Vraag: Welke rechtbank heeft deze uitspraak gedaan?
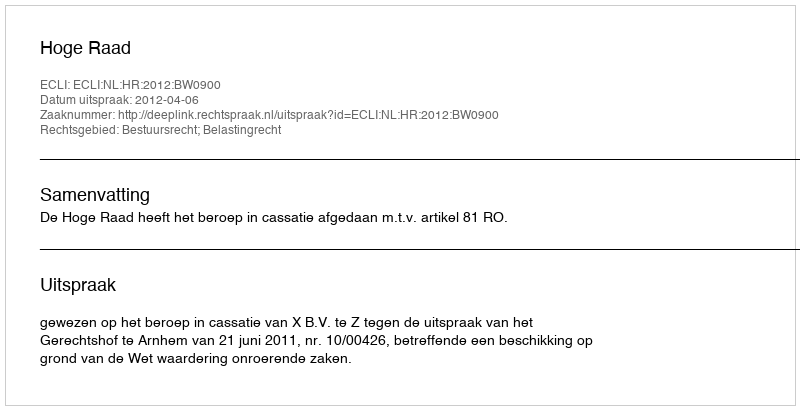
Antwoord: Hoge Raad